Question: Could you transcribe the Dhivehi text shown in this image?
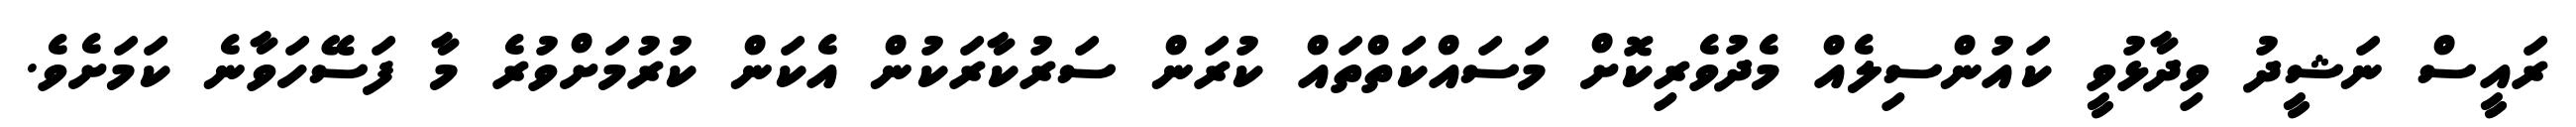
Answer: ރައީސް ނަޝީދު ވިދާޅުވީ ކައުންސިލެއް މެދުވެރިކޮށް މަސައްކަތްތައް ކުރަން ސަރުކާރަކުން އެކަން ކުރުމަށްވުރެ މާ ފަސޭހަވާނެ ކަމަށެވެ.